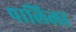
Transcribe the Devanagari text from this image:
पालिला